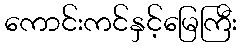
ကောင်းကင်နှင့်မြေကြီး